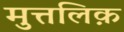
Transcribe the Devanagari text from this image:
मुत्तलिक़